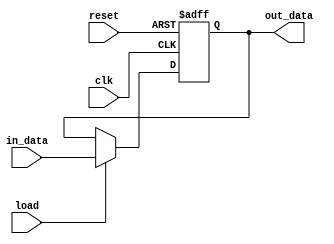
module reg_n 
    # (parameter N= 64)
    (input wire clk,
    input wire load,reset,
    input [N-1:0] in_data,
    output reg [N-1:0] out_data
    );
    
    always @(posedge clk, posedge reset) begin
        if (reset)
            out_data <= 0;
        else if (load == 1)
            out_data <= in_data;
    end
endmodule